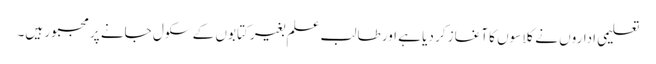
تعلیمی اداروں نے کلاسوں کا آغاز کر دیا ہے اور طالب علم بغیر کتابوں کے سکول جانے پر مجبور ہیں۔